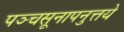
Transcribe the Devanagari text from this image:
पञ्चसूनापनुत्तये